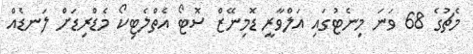
މެޗުގެ 68 ވަނަ މިނެޓުގައި އަލްވާރީ ޑޮމިނޭޒް ސޮޓޯ އެތްލެޓިކޯ މެޑްރިޑަށް ލަނޑެއް